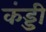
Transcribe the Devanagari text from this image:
कंड्डी